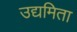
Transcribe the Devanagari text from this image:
उद्यमिता